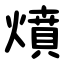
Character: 燌